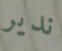
ندير